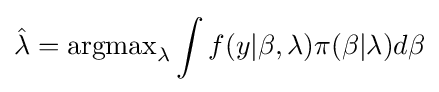
{\hat {\lambda }}={\text{argmax}}_{\lambda }\int f(y|\beta ,\lambda )\pi (\beta |\lambda )d\beta